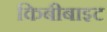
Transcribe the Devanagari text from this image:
किबीबाइट